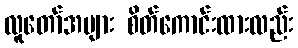
လူတော်အများ စိတ်ကောင်းထားလည်း